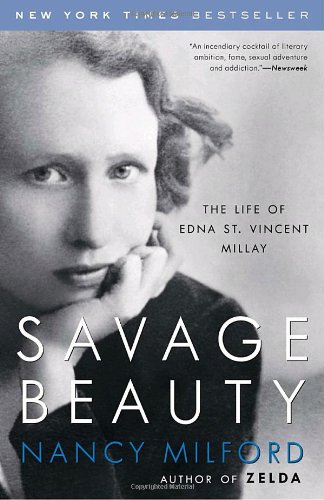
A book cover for Savage Beauty: The Life of Edna St. Vincent Millay; Nancy Milford; Literature & Fiction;